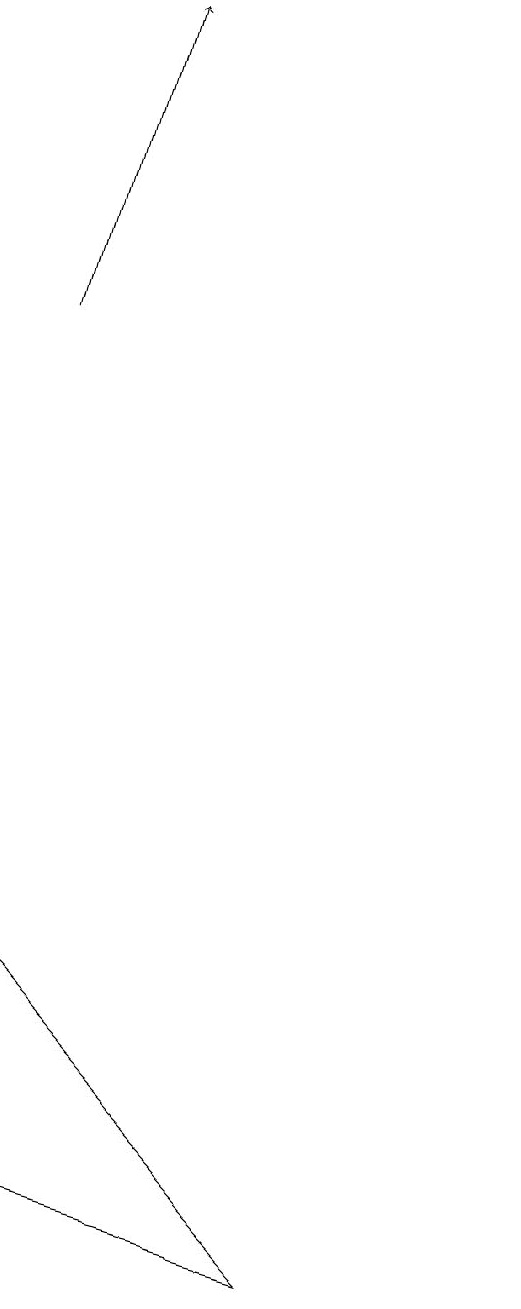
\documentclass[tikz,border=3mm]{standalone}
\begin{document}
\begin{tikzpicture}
\draw (4,3) -- (8,2) -- (4,6) -- cycle;
\draw (10,11) circle (0);
\draw[->] (4,14) -- (5,18);
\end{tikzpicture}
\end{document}